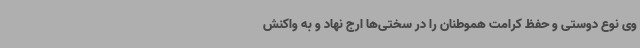
وی نوع دوستی و حفظ کرامت هموطنان را در سختی‌ها ارج نهاد و به واکنش